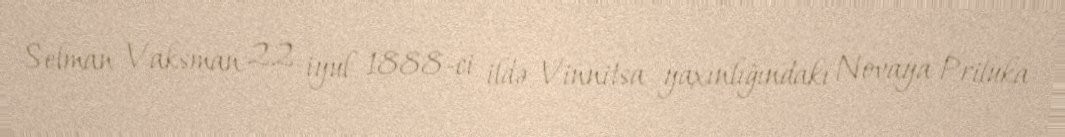
Selman Vaksman 22 iyul 1888-ci ildə Vinnitsa yaxınlığındakı Novaya Priluka